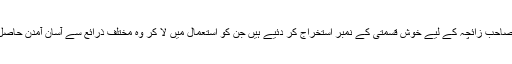
تو یوں ہم نے صاحب زائچہ کے لیے خوش قسمتی کے نمبر استخراج کر دئیے ہیں جن کو استعمال میں لا کر وہ مختلف ذرائع سے آسان آمدن حاصل کر سکتا ہے۔